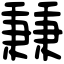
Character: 𥡝